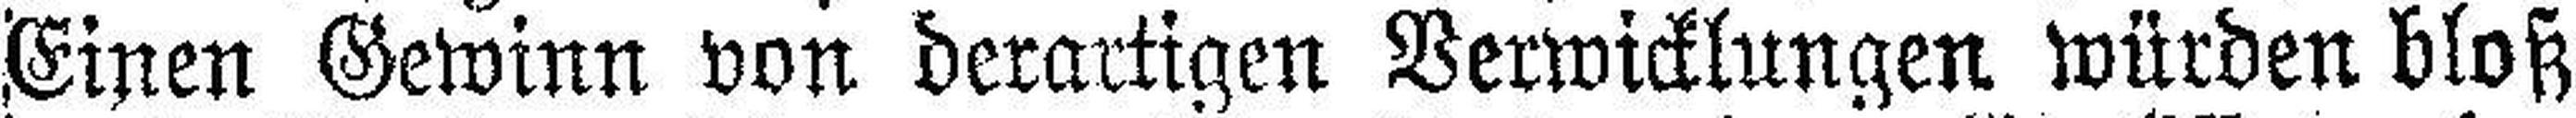
Einen Gewinn von derartigen Verwicklungen würden bloß